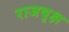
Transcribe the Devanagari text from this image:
राजवृक्ष